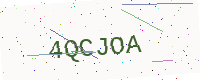
Text: 4QCJOA